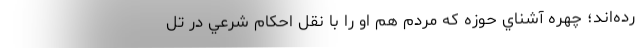
رده‌اند؛ چهره آشناي حوزه كه مردم هم او را با نقل احكام شرعي در تل